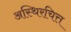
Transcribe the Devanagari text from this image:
अस्थिरचित्त